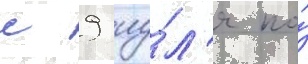
с 9 иу́л'я по́